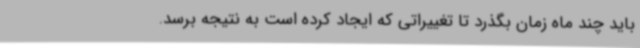
باید چند ماه زمان بگذرد تا تغییراتی که ایجاد کرده است به نتیجه برسد.